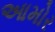
આમોર